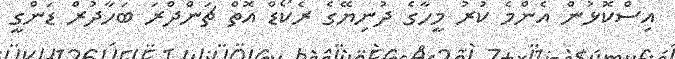
އިސްކޮޅުން އެންމެ ކުރު މީހާގެ ދުނިޔޭގެ ރެކޯޑް އޮތް ޗަންދްރަ ބަހާދުރް ޑަންގީ